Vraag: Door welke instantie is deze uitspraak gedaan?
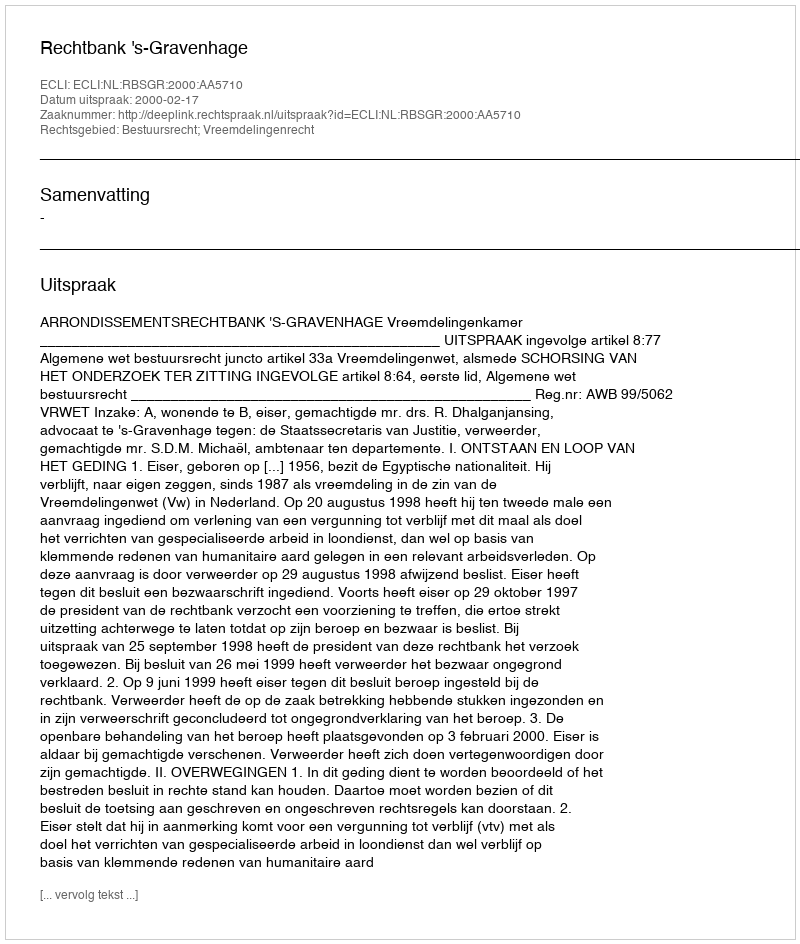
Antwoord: Rechtbank 's-Gravenhage